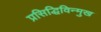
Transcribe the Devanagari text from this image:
प्रसिद्धिविन्मुख